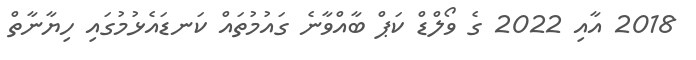
2018 އާއި 2022 ގެ ވޯލްޑް ކަޕް ބާއްވާނެ ގައުމުތައް ކަނޑައެޅުމުގައި ހިޔާނާތް